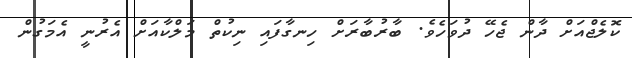
ކޮލެޖްއަށް ދާން ޖެހޭ ދުވަހެވެ. ބާރުބާރަށް ހިނގާފައި ނިކުތް މަލްކާއަށް އެރުނީ އެމަގުން